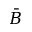
\bar { B }